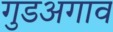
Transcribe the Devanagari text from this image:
गुडअगाव